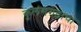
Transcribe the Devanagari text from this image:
कुलंगगडाचा